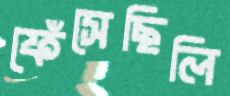
ফেঁসেছিলি